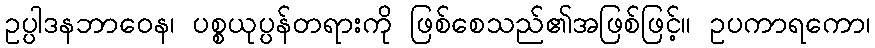
ဥပ္ပါဒနဘာဝေန၊ ပစ္စယုပ္ပန်တရားကို ဖြစ်စေသည်၏အဖြစ်ဖြင့်။ ဥပကာရကော၊